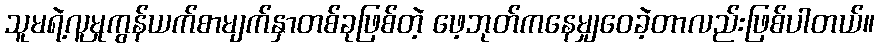
သူမရဲ့လူမှုကွန်ယက်စာမျက်နှာတစ်ခုဖြစ်တဲ့ ဖေ့ဘုတ်ကနေမျှဝေခဲ့တာလည်းဖြစ်ပါတယ်။